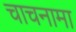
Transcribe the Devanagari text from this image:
चाचनामा